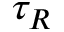
\tau _ { R }